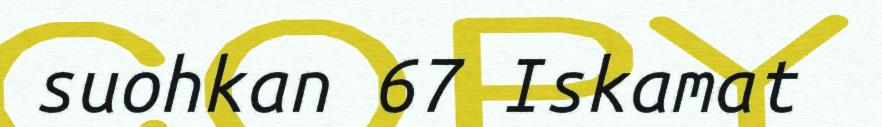
suohkan 67 Iskamat